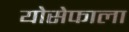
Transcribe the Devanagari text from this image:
योसेफाला